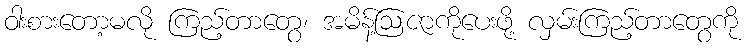
ဝါးစားတော့မလို ကြည့်တာတွေ၊ အမိန့်ဩဇာကိုပေးဖို့ လှမ်းကြည့်တာတွေကို